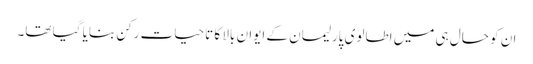
ان کو حال ہی میں اطالوی پارلیمان کے ایوان بالا کا تاحیات رکن بنایا گیا تھا۔